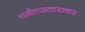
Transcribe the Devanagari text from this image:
पर्वतउतारावर